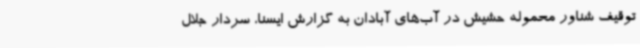
توقیف شناور محموله حشیش در آب‌های آبادان به گزارش ایسنا، سردار جلال